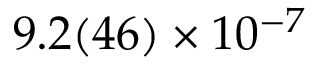
9 . 2 ( 4 6 ) \times 1 0 ^ { - 7 }